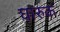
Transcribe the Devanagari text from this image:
घारुक